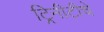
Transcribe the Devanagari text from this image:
ट्रिनीटीचे